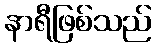
နာရီဖြစ်သည်